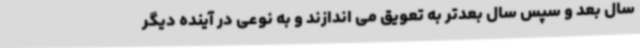
سال بعد و سپس سال بعدتر به تعویق می اندازند و به نوعی در آینده دیگر